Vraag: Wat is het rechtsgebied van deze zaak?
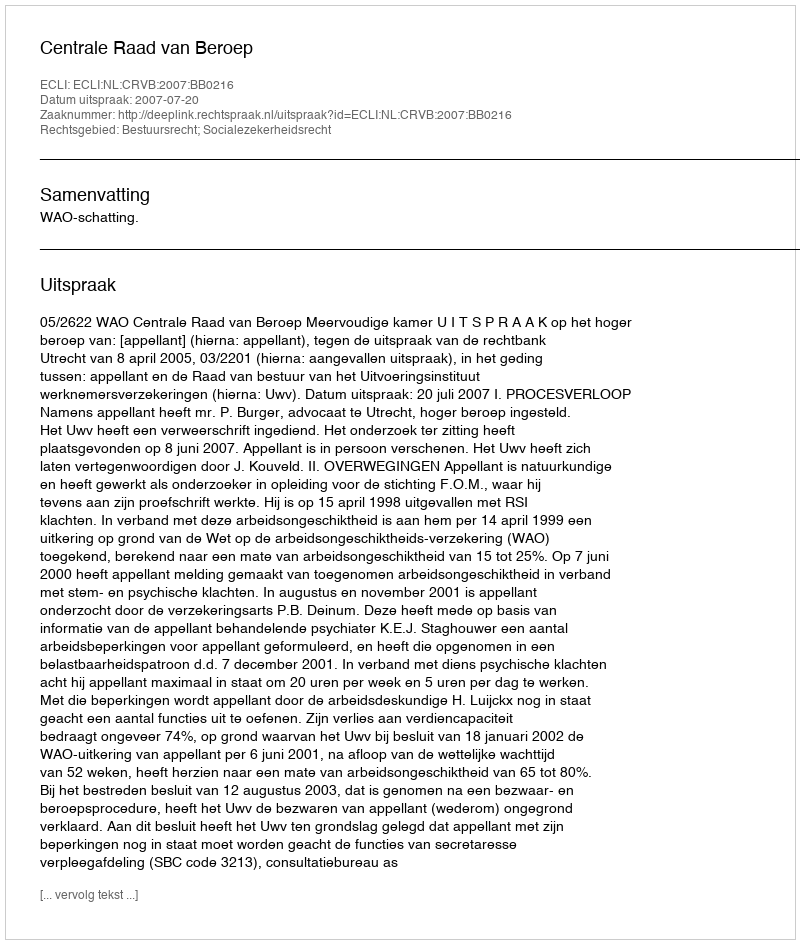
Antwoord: Bestuursrecht; Socialezekerheidsrecht